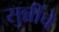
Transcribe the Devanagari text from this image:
सुन्नींचे